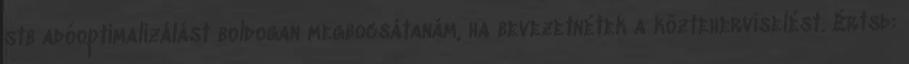
stb adóoptimalizálást boldogan megbocsátanám, ha bevezetnétek a közteherviselést. Értsd: